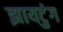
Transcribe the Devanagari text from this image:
झायटुंग